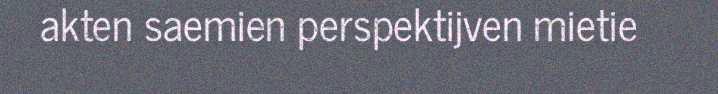
akten saemien perspektijven mietie